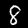
Digit: 8